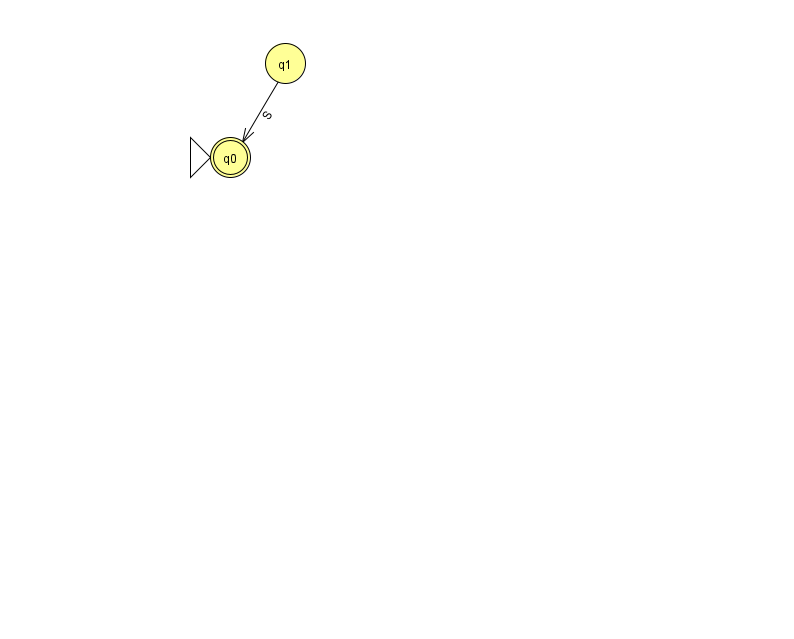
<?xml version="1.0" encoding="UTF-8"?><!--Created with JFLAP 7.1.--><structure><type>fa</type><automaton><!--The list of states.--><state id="0" name="q0"><x>230.0</x><y>144.0</y><initial/><final/></state><state id="1" name="q1"><x>285.0</x><y>50.0</y></state><!--The list of transitions.--><transition><from>1</from><to>0</to><read>S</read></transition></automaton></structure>